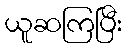
ယူဆကြပြီး